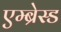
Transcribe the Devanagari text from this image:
एम्ब्रेस्ड